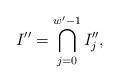
LaTeX: \begin{align*} I'' = \bigcap_{j = 0}^{w'-1} I''_j , \end{align*}